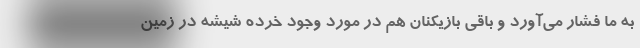
به ما فشار می‌آورد و باقی بازیکنان هم در مورد وجود خرده شیشه در زمین